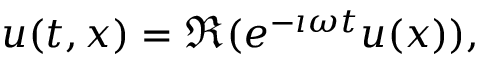
u ( t , x ) = \Re ( e ^ { - \i \omega t } u ( x ) ) ,